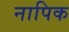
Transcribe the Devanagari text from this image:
नापिक